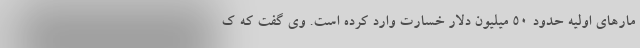
مارهای اولیه حدود 50 میلیون دلار خسارت وارد کرده است. وی گفت که ک